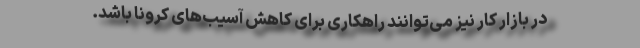
در بازار کار نیز می‌توانند راهکاری برای کاهش آسیب‌های کرونا باشد.